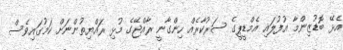
އެޅޭ ބޮޑުޒިންމާ އުފުލައި އެމްޑީޕީގެ ސަރުކާރެއް ހިންގާނީ ރާއްޖޭގެ މުޅި ރައްޔިތުންނަށް ކަމުގައިވެސް